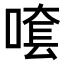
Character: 𠺆